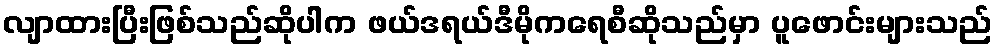
လျာထားပြီးဖြစ်သည်ဆိုပါက ဖယ်ဒရယ်ဒီမိုကရေစီဆိုသည်မှာ ပူဖောင်းများသည်